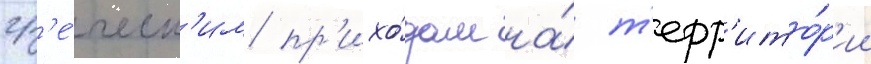
гр'е́ческ'им пр'ихо́дам на́ т'ерр'ито́р'ии